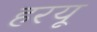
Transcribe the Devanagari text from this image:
हरयू